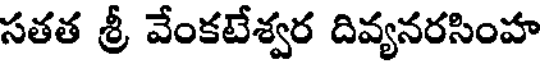
సతత శ్రీ వేంకటేశ్వర దివ్యనరసింహ